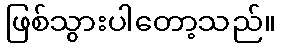
ဖြစ်သွားပါတော့သည်။